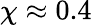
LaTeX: \chi\approx 0.4